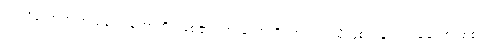
ဤသို့သောအကြံသည်။ ဟောတိ၊ ဖြစ်၏။ ကိံ ဟောတိ၊ အဘယ်သို့ဖြစ်သနည်း။ ခေါ၊ စင်စစ်။